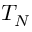
T _ { N }